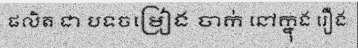
ផលិត ជា បទចម្រៀង ចាក់ នៅក្នុង រឿង